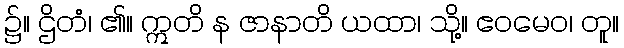
၌။ ဌိတံ၊ ၏။ ဣတိ န ဇာနာတိ ယထာ၊ သို့။ ဧဝမေဝ၊ တူ။